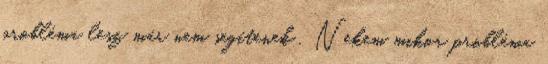
probléma lesz már nem segítenek . Nekem mikor probléma